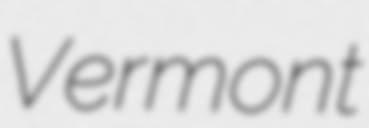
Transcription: Vermont